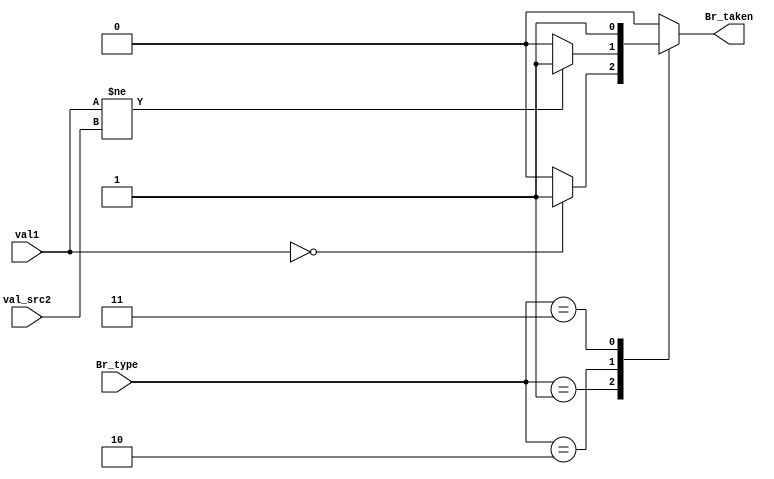
module ConditionCheck(
  	input[31:0] val1,
    input[31:0] val_src2,
    input[1:0] Br_type,
    output reg Br_taken
  );

parameter [1:0] BEZ = 2'b01,
                BNE = 2'b10,
                JMP = 2'b11,
                IDLE = 2'b00;

always @(val1, val_src2, Br_type) begin
	Br_taken <= 1'b0;
	case (Br_type)
		BEZ: if(val1 == 32'b0) Br_taken <= 1'b1;
		BNE: if(val1 != val_src2) Br_taken <= 1'b1;
		JMP: Br_taken <= 1'b1;
		IDLE: Br_taken <= 1'b0;
  endcase
end
endmodule